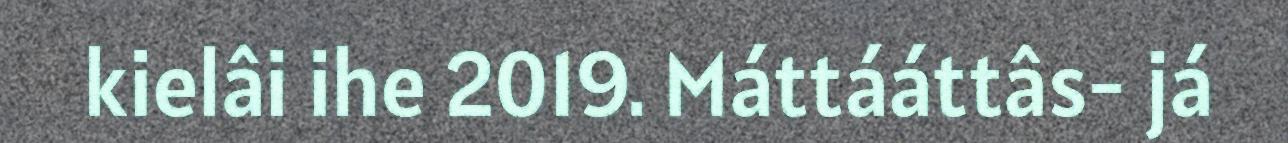
kielâi ihe 2019. Máttááttâs- já